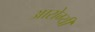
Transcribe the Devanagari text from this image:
आरोग्यी